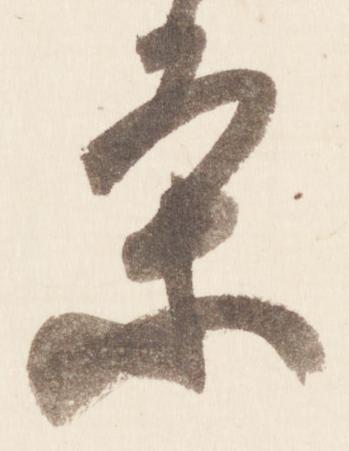
条